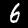
Label: 6